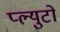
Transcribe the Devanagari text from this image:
प्ल्युटो